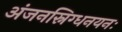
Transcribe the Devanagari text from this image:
अंजनस्निग्धनयनः